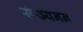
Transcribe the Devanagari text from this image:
संख्यनन